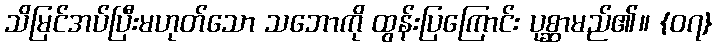
သိမြင်အပ်ပြီးမဟုတ်သော သဘောကို ထွန်းပြကြောင်း ပုစ္ဆာမည်၏။ {၀၇}